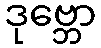
ဒုဗ္ဘော